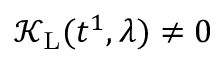
\mathcal { K } _ { \mathrm { L } } ( t ^ { 1 } , \lambda ) \neq 0